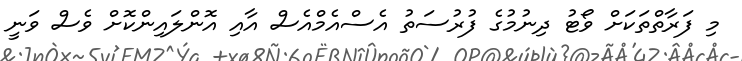
މި ފަރާތްތަކަށް ވޯޓު ދިނުމުގެ ފުރުސަތު އެސްއެމްއެސް އާއި އޮންލައިންކޮށް ވެސް ވަނީ